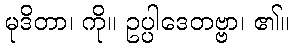
မုဒိတာ၊ ကို။ ဥပ္ပါဒေတဗ္ဗာ၊ ၏။